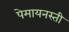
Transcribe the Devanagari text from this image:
पेमायनस्‍ती